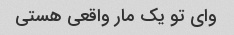
وای تو یک مار واقعی هستی